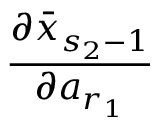
\frac { \partial \bar { x } _ { s _ { 2 } - 1 } } { \partial a _ { r _ { 1 } } }